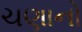
ચણાનો